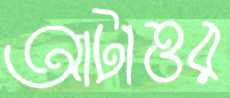
আটাত্তর